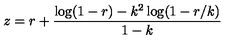
z = r + \frac { \log ( 1 - r ) - k ^ { 2 } \log ( 1 - r / k ) } { 1 - k }